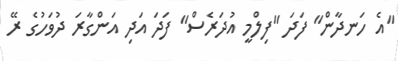
"އެ ހަނދާން" ފަދަ "ފިލްމީ އުދަރެސް" ފަދަ އަދި އަންގާރަ ދުވަހުގެ ރޭ